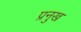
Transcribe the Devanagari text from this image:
प्रनुख